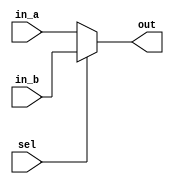
// ECE:3350 SISC processor project
// 32-bit mux

`timescale 1ns/100ps

module mux32 (in_a, in_b, sel, out);

  /*
   *  32-BIT MULTIPLEXER - mux32.v
   *
   *  Inputs:
   *   - in_a (32 bits): First input to multiplexer. Selected when sel = 0.
   *   - in_b (32 bits): Second input. Selected when sel = 1.
   *   - sel: Selects which input propagates to output.
   *
   *  Outputs:
   *   - out (32 bits): Multiplexer output.
   *
   */

  input  [31:0] in_a;
  input  [31:0] in_b;
  input         sel;
  output [31:0] out;

  reg   [31:0] outreg;
   
  always @ (in_a, in_b, sel)
  begin
    if (sel == 1'b0)
      outreg = in_a;
    else
      outreg = in_b;
  end

  assign out = outreg;

endmodule